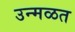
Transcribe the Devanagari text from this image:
उन्मळत